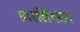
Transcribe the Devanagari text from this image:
डारलिंगटन